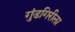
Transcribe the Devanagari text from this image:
गुंडगिरीला